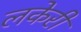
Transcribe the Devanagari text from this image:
लकेरी